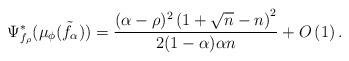
LaTeX: \begin{align*} \Psi^*_{f_\rho}(\mu_\phi(\tilde{f_\alpha})) = \frac{(\alpha-\rho)^2 \left(1+\sqrt{n}-n \right)^2}{2(1-\alpha)\alpha n}+ O \left( 1 \right). \end{align*}